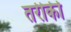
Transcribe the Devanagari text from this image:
तरीकी